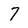
Character: 7